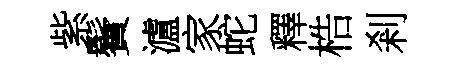
紫鬢瀘家蛇釋梏剎